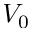
V _ { 0 }